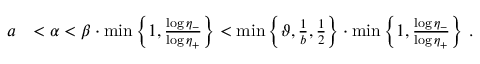
\begin{array} { r l } { a } & { < \alpha < \beta \cdot \operatorname* { m i n } \left\{ 1 , \frac { \log \eta _ { - } } { \log \eta _ { + } } \right\} < \operatorname* { m i n } \left\{ \vartheta , \frac { 1 } { b } , \frac { 1 } { 2 } \right\} \cdot \operatorname* { m i n } \left\{ 1 , \frac { \log \eta _ { - } } { \log \eta _ { + } } \right\} \, . } \end{array}